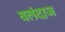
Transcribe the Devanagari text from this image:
वलंदाज